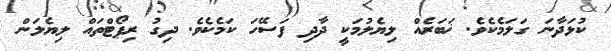
ކުޅަދާނަ ގަލަމެކެވެ. ޚަބަރެއް ލިޔެލުމަކީ ދާދި ފަސޭހަ ކަމެކެވެ. ދިގު ރިޕޯޓްތައް ލިޔެލަން